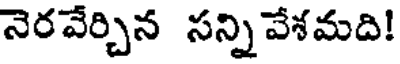
నెరవేర్చిన సన్ని వేశమది!